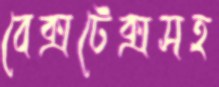
বেক্সটেক্সসহ